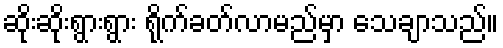
ဆိုးဆိုးရွားရွား ရိုက်ခတ်လာမည်မှာ သေချာသည်။